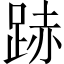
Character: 𨁯